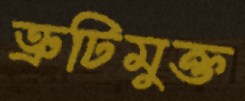
ত্রুটিমুক্ত